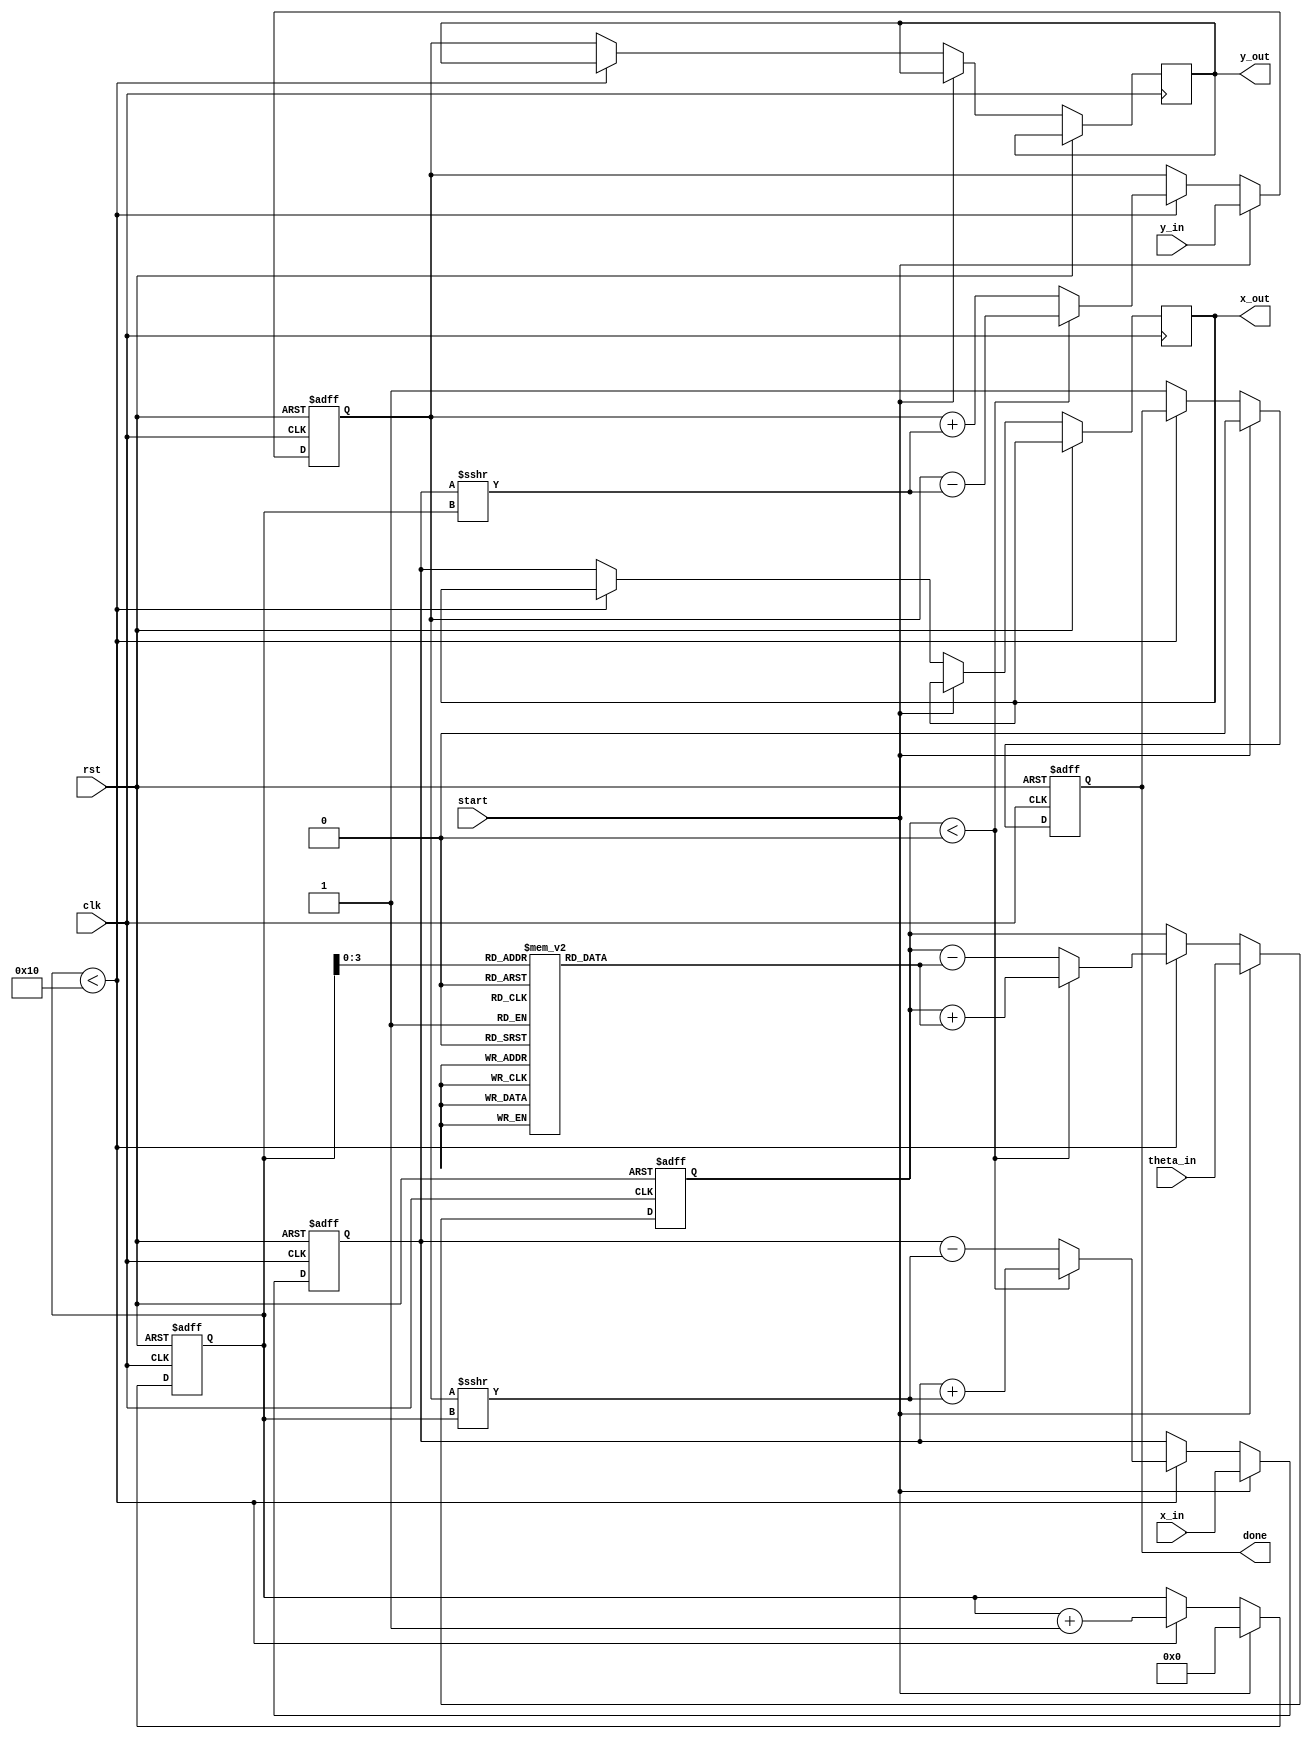
module modified_cordic #(
    parameter WIDTH = 16, // Input width (16-bit or 32-bit)
    parameter ITERATIONS = 16 // Number of iterations
)(
    input wire clk,
    input wire rst,
    input wire start,
    input wire [WIDTH-1:0] x_in, // Input X coordinate
    input wire [WIDTH-1:0] y_in, // Input Y coordinate
    input wire [WIDTH-1:0] theta_in, // Input angle in radians
    output reg [WIDTH-1:0] x_out, // Output X coordinate
    output reg [WIDTH-1:0] y_out, // Output Y coordinate
    output reg done // Done signal
);

    // Internal signals
    reg [WIDTH-1:0] x_reg, y_reg;
    reg [WIDTH-1:0] theta_reg;
    reg [4:0] iteration; // Iteration counter
    reg [WIDTH-1:0] atan_table [0:ITERATIONS-1]; // Lookup table for arctangent values
    reg [1:0] mode; // 00: rotation, 01: vectoring

    // Initialize arctangent values (example values for 16 iterations)
    initial begin
        atan_table[0] = 16'h2000; // atan(2^0)
        atan_table[1] = 16'h1000; // atan(2^-1)
        atan_table[2] = 16'h0800; // atan(2^-2)
        atan_table[3] = 16'h0400; // atan(2^-3)
        atan_table[4] = 16'h0200; // atan(2^-4)
        atan_table[5] = 16'h0100; // atan(2^-5)
        atan_table[6] = 16'h0080; // atan(2^-6)
        atan_table[7] = 16'h0040; // atan(2^-7)
        atan_table[8] = 16'h0020; // atan(2^-8)
        atan_table[9] = 16'h0010; // atan(2^-9)
        atan_table[10] = 16'h0008; // atan(2^-10)
        atan_table[11] = 16'h0004; // atan(2^-11)
        atan_table[12] = 16'h0002; // atan(2^-12)
        atan_table[13] = 16'h0001; // atan(2^-13)
        atan_table[14] = 16'h0001; // atan(2^-14)
        atan_table[15] = 16'h0000; // atan(2^-15)
    end

    // Control Unit
    always @(posedge clk or posedge rst) begin
        if (rst) begin
            iteration <= 0;
            done <= 0;
            x_reg <= 0;
            y_reg <= 0;
            theta_reg <= 0;
        end else if (start) begin
            iteration <= 0;
            done <= 0;
            x_reg <= x_in;
            y_reg <= y_in;
            theta_reg <= theta_in;
        end else if (iteration < ITERATIONS) begin
            // CORDIC Iteration Logic
            if (theta_reg < 0) begin
                x_reg <= x_reg + (y_reg >>> iteration);
                y_reg <= y_reg - (x_reg >>> iteration);
                theta_reg <= theta_reg + atan_table[iteration];
            end else begin
                x_reg <= x_reg - (y_reg >>> iteration);
                y_reg <= y_reg + (x_reg >>> iteration);
                theta_reg <= theta_reg - atan_table[iteration];
            end
            iteration <= iteration + 1;
        end else begin
            done <= 1;
            x_out <= x_reg;
            y_out <= y_reg;
        end
    end

endmodule